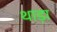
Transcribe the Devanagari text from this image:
थाड़ा